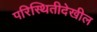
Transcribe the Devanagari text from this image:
परिस्थितीदेखील